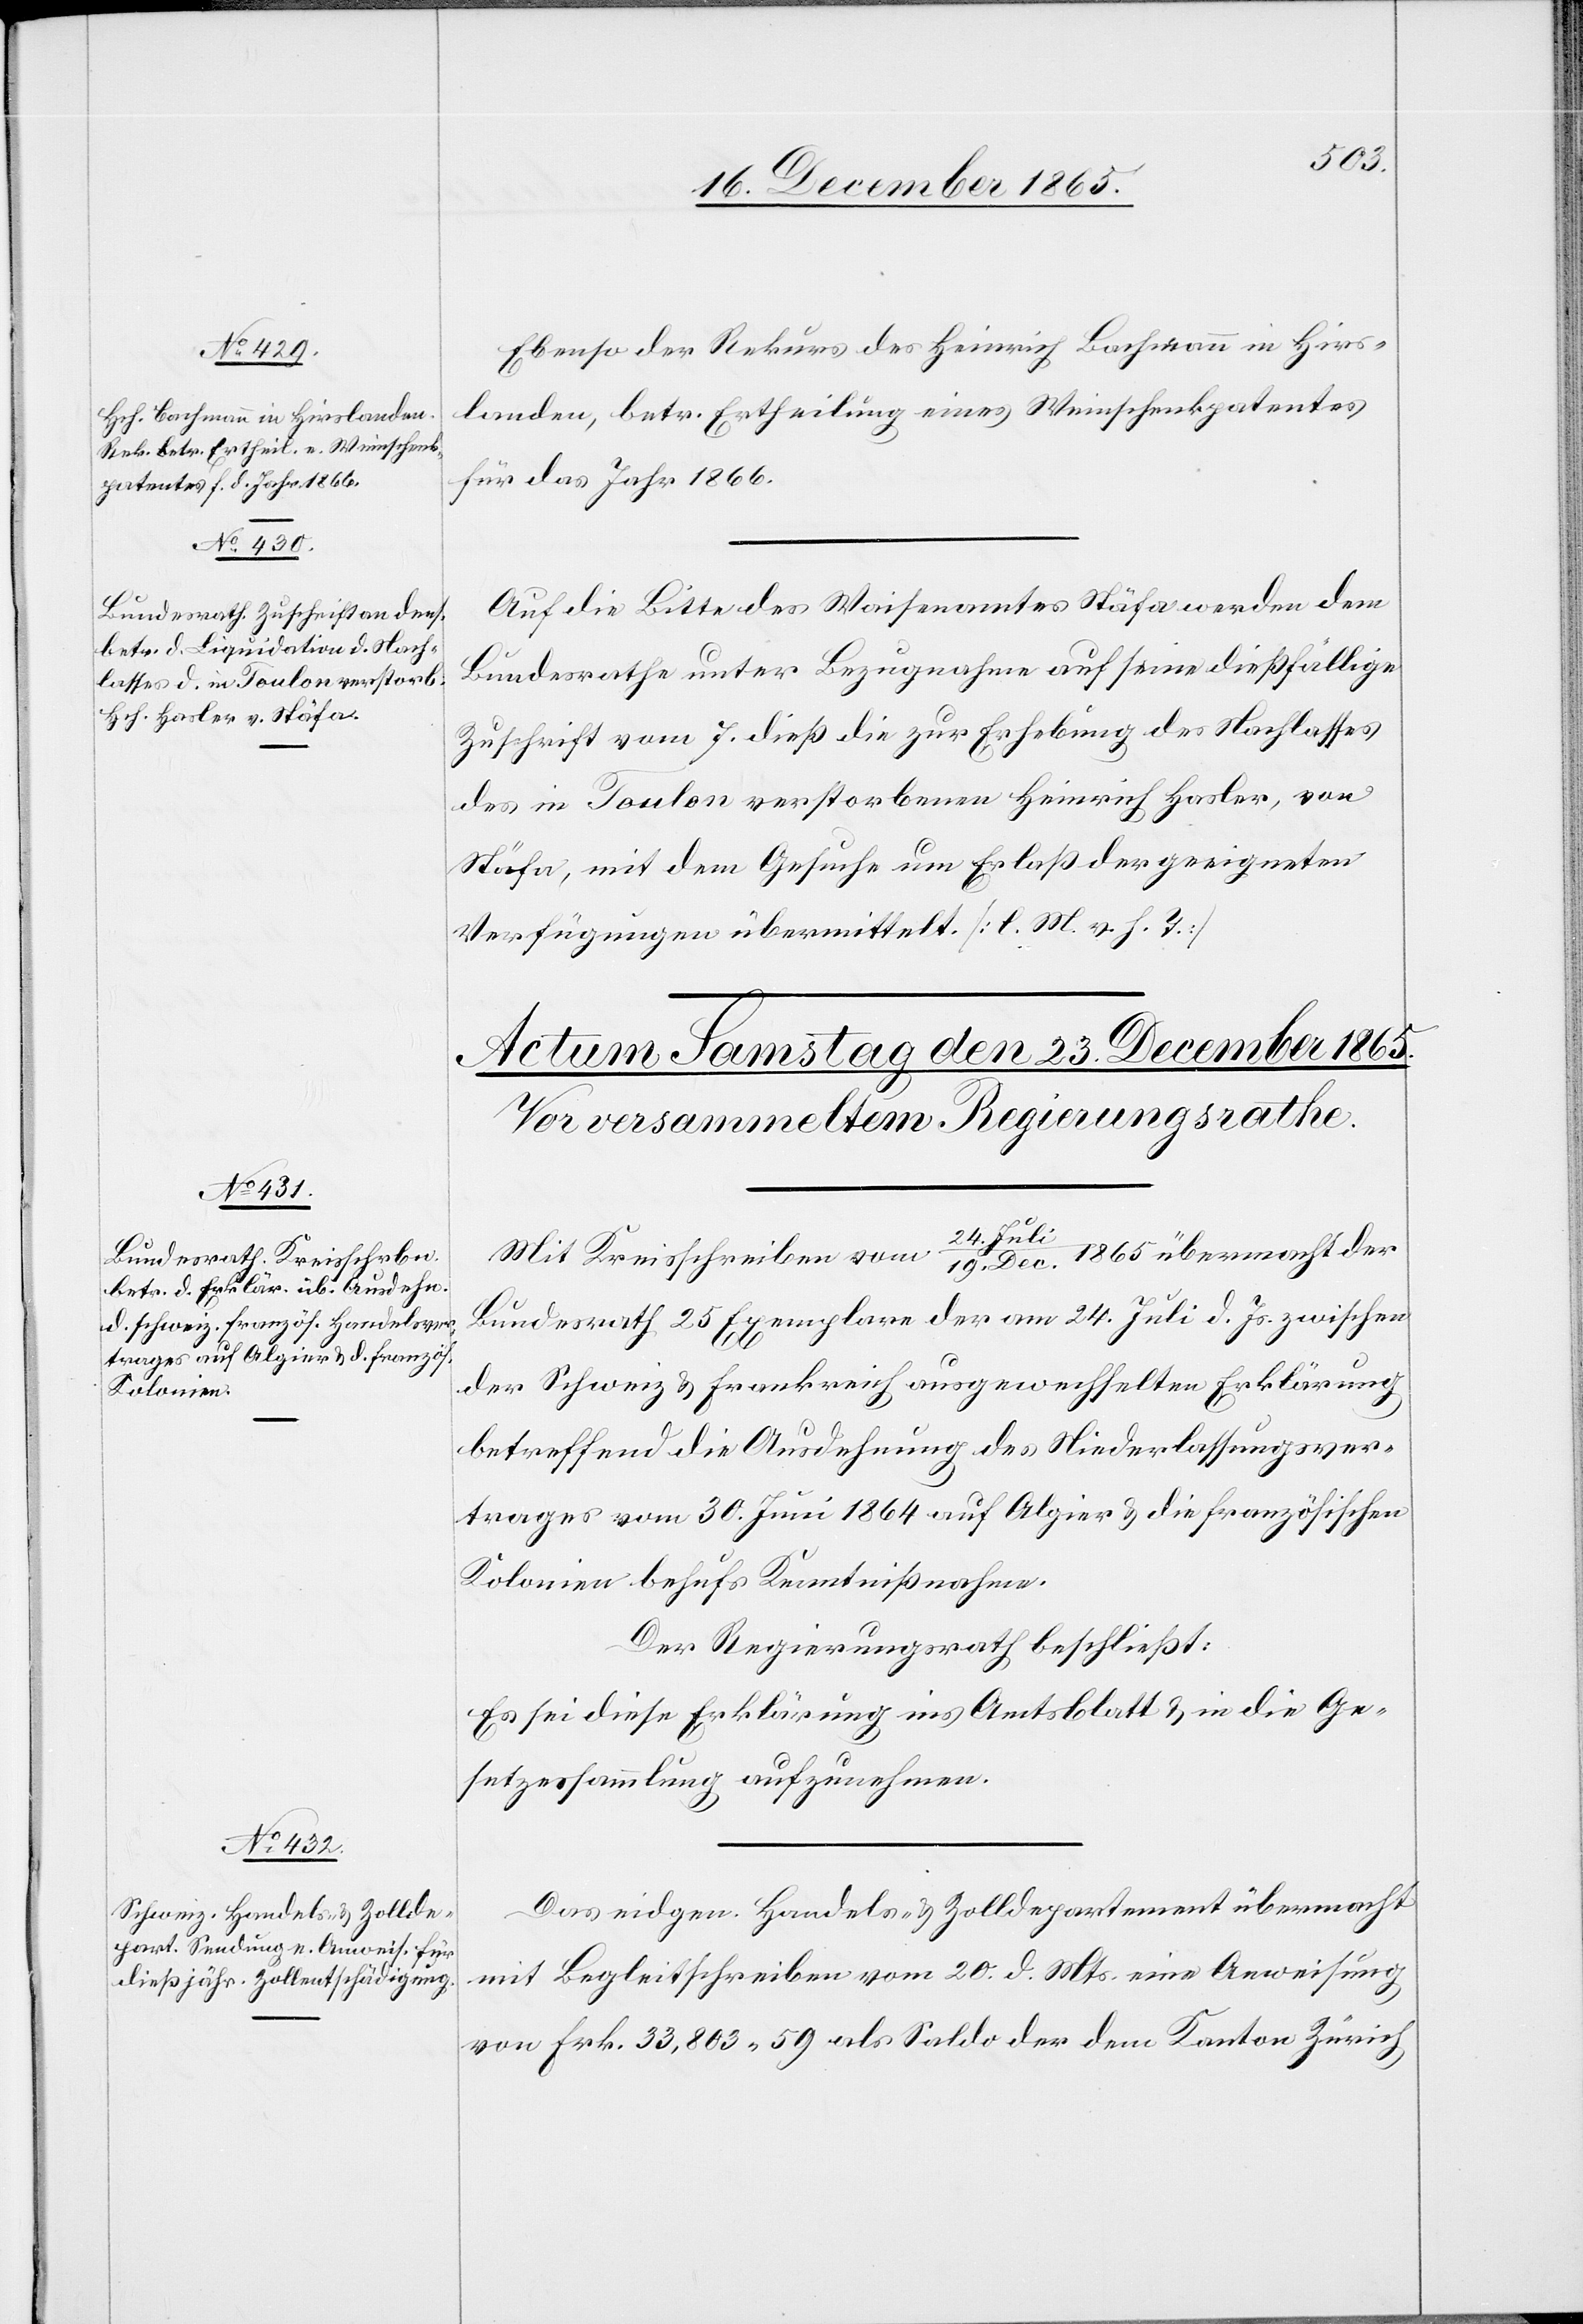
22. December 1865.]
Ebenso der Rekurs des Heinrich Bachmann in Hirs¬
landen, betr. Ertheilung eines Weinschenkpatentes
für das Jahr 1866.
Auf die Bitte des Waisenamtes Stäfa werden dem
Bundesrathe unter Bezugnahme auf seine dießfällige
Zuschrift vom 7. dieß die zur Erhebung des Nachlasses
des in Toulon verstorbenen Heinrich Hasler, von
Stäfa, mit dem Gesuche um Erlaß der geeigneten
Verfügungen übermittelt [sic!]. [l. M. v. h. T.]
Mit Kreisschreiben vom 24. Jul¬
i/19. Dec. 1865 übermacht der
Bundesrath 25 Exemplare der am 24. Juli d. Js. zwischen
der Schweiz & Frankreich ausgewechselten Erklärung
betreffend die Ausdehnung des Niederlassungsver¬
trages vom 30. Juni 1864 auf Algier & die französischen
Kolonien behufs Kenntnißnahme.
Der Regierungsrath beschließt:
Es sei diese Erklärung ins Amtsblatt & in die Ge¬
setzessammlung aufzunehmen.
Das eidgen. Handels- & Zolldepartement übermacht
mit Begleitschreiben vom 20. d. Mts. eine Anweisung
von Frk. 33,803.59 als Saldo der dem Kanton Zürich